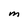
Character: M